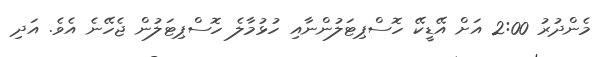
މެންދުރު 2:00 އަށް އޭޑީކޭ ހޮސްޕިޓަލުންނާއި ހުޅުމާލެ ހޮސްޕިޓަލުން ޖެހޭނެ އެވެ. އަދި